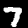
Digit: 7